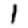
Digit: 1